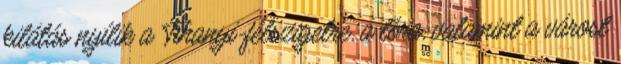
kilátás nyílik a Tihanyi-félszigetre, a tóra, valamint a várost